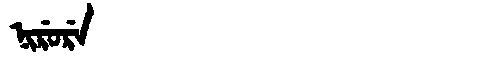
Manchu: ᠨᡳᡵᡠᡵᡝ
Romanization: NIRURE